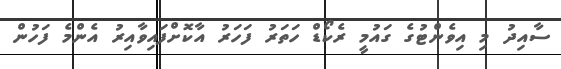
ސާއިދު މި އިވެންޓުގެ ގައުމީ ރެކޯޑް ހަތަރު ފަހަރު އާކޮށްފައިވާއިރު އެންމެ ފަހުން